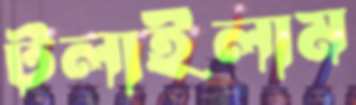
টলাইলাম